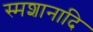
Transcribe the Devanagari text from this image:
स्मशानादि